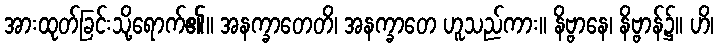
အားထုတ်ခြင်းသို့ရောက်၏။ အနက္ခာတေတိ၊ အနက္ခာတေ ဟူသည်ကား။ နိဗ္ဗာနေ၊ နိဗ္ဗာန်၌။ ဟိ၊